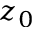
z _ { 0 }